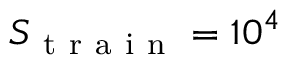
S _ { \mathrm { ~ t ~ r ~ a ~ i ~ n ~ } } = 1 0 ^ { 4 }